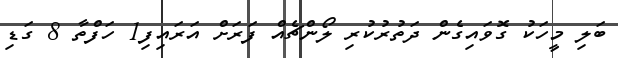
ބަލި މީހަކު ގޮވައިގެން ދަތުރުކުރި ލޯންޗެއް ފަރަށް އަރައިފި1 ހަފްތާ 8 ގަޑި